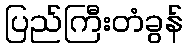
ပြည်ကြီးတံခွန်